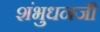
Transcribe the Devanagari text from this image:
शंभुधनजी